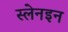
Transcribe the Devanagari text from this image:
स्लेनइन